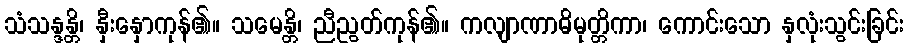
သံသန္ဒန္တိ၊ နှီးနှောကုန်၏။ သမေန္တိ၊ ညီညွတ်ကုန်၏။ ကလျာဏာဓိမုတ္တိကာ၊ ကောင်းသော နှလုံးသွင်းခြင်း